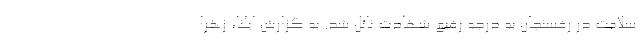
سلامت در رفسنجان به درجه رفیع شهادت نائل شد. به گزارش ایلنا، زهرا